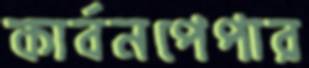
কার্বনপেপার